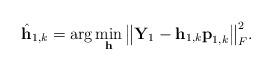
LaTeX: \begin{align*}\hat{\textbf{h}}_{1,k} = \textrm{arg} \mathop{\min}_{\textbf{h}} \big\|\textbf{Y}_{1} - \textbf{h}_{1,k}\textbf{p}_{1,k} \big\|^2_F.\end{align*}